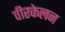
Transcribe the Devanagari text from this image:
वीरकेलन